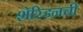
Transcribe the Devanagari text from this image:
शेरिडनची